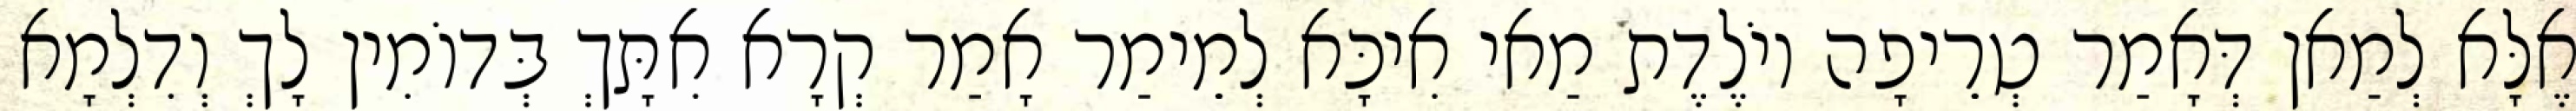
אֶלָּא לְמַאן דְּאָמַר טְרֵיפָה יוֹלֶדֶת מַאי אִיכָּא לְמֵימַר אָמַר קְרָא אִתָּךְ בְּדוֹמִין לָךְ וְדִלְמָא